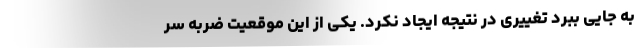
به جایی ببرد تغییری در نتیجه ایجاد نکرد. یکی از این موقعیت ضربه سر